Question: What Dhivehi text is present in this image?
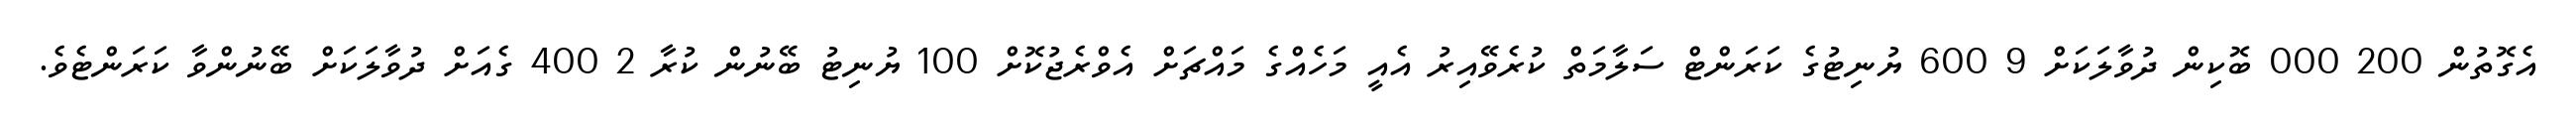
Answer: އެގޮތުން 200 000 ބޮކިން ދުވާލަކަށް 9 600 ޔުނިޓުގެ ކަރަންޓް ސަލާމަތް ކުރެވޭއިރު އެއީ މަހެއްގެ މައްޗަށް އެވްރެޖުކޮށް 100 ޔުނިޓު ބޭނުން ކުރާ 2 400 ގެއަށް ދުވާލަކަށް ބޭނުންވާ ކަރަންޓެވެ.